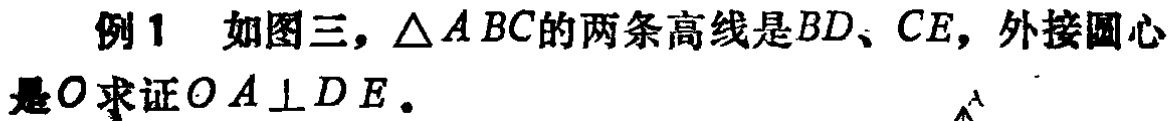
例1 如图三，$\triangle ABC$的两条高线是$BD$、$CE$，外接圆心是$O$求证$OA\perp DE$。